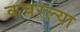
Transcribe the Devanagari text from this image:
कचरल्या